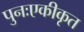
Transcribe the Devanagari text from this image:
पुनःएकीकृत